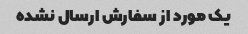
یک مورد از سفارش ارسال نشده